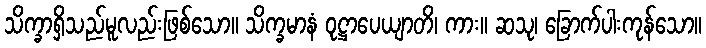
သိက္ခာရှိသည်မူလည်းဖြစ်သော။ သိက္ခမာနံ ဝုဋ္ဌာပေယျာတိ၊ ကား။ ဆသု၊ ခြောက်ပါးကုန်သော။